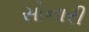
સોનારી